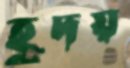
হূদয়